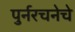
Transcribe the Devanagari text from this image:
पुर्नरचनेचे